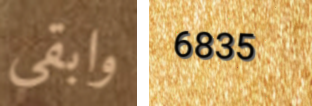
وابقى 6835